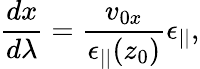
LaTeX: \frac{dx}{d\lambda}=\frac{v_{0x}}{\epsilon_{||}(z_{0})}\epsilon_{||},